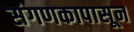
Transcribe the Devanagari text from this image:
संगणकापासून